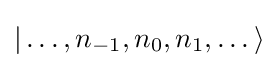
|\dots ,n_{-1},n_{0},n_{1},\dots \rangle